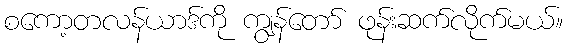
စကော့တလန်ယာဒ်ကို ကျွန်တော် ဖုန်းဆက်လိုက်မယ်။